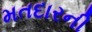
મતદારની